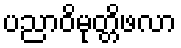
ပညာဝိမုတ္တိဖလာ